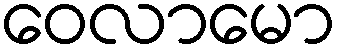
ဝေလာမော